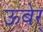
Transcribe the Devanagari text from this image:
ऊबेर्